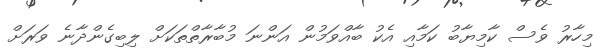
މިހާރު ވެސް ކާމިޔާބު ކަމާއި އެކު ބާއްވަމުން އަންނަ މުބާރާތްތަކަށް ލިބިގެންދާނެ ވަރަށް